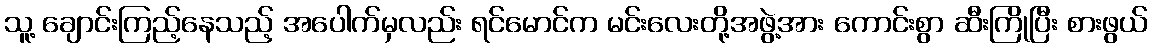
သူ့ ချောင်းကြည့်နေသည့် အပေါက်မှလည်း ရင်မောင်က မင်းလေးတို့အဖွဲ့အား ကောင်းစွာ ဆီးကြိုပြီး စားဖွယ်